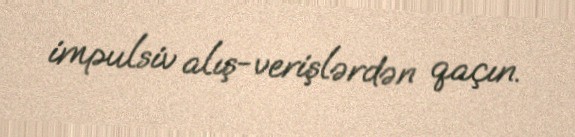
impulsiv alış-verişlərdən qaçın.